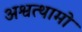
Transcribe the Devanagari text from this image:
अश्वत्थामो